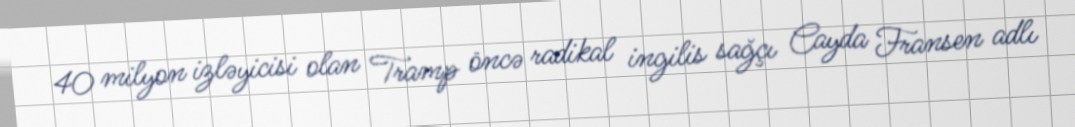
40 milyon izləyicisi olan Tramp öncə radikal ingilis sağçı Cayda Fransen adlı